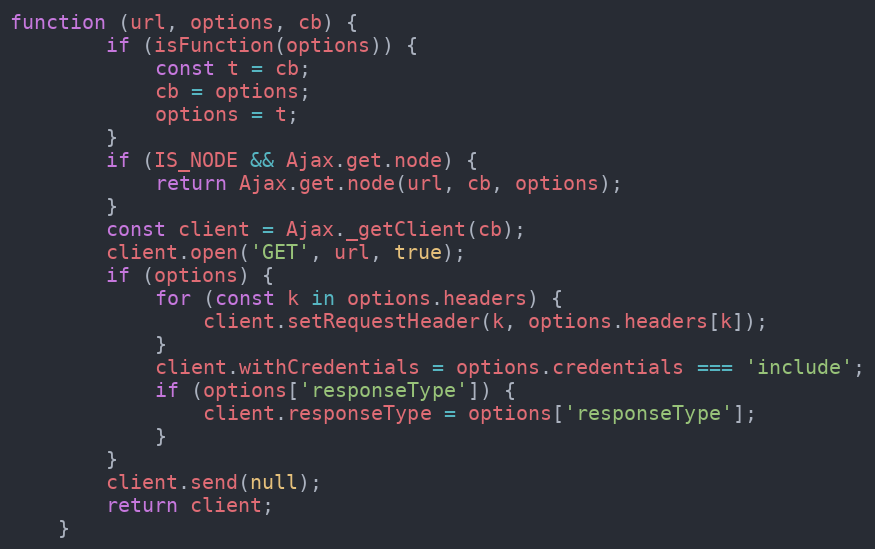
Language: JavaScript
function (url, options, cb) {
        if (isFunction(options)) {
            const t = cb;
            cb = options;
            options = t;
        }
        if (IS_NODE && Ajax.get.node) {
            return Ajax.get.node(url, cb, options);
        }
        const client = Ajax._getClient(cb);
        client.open('GET', url, true);
        if (options) {
            for (const k in options.headers) {
                client.setRequestHeader(k, options.headers[k]);
            }
            client.withCredentials = options.credentials === 'include';
            if (options['responseType']) {
                client.responseType = options['responseType'];
            }
        }
        client.send(null);
        return client;
    }